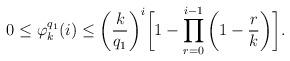
LaTeX: \begin{align*}0 \leq \varphi^{q_1}_{k}(i) \leq \bigg(\dfrac{k}{q_1} \bigg)^i \bigg[1 - \prod_{r = 0}^{i-1} \bigg(1 - \frac{r}{k} \bigg) \bigg]. \end{align*}